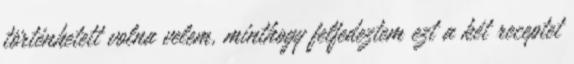
történhetett volna velem, minthogy felfedeztem ezt a két receptet